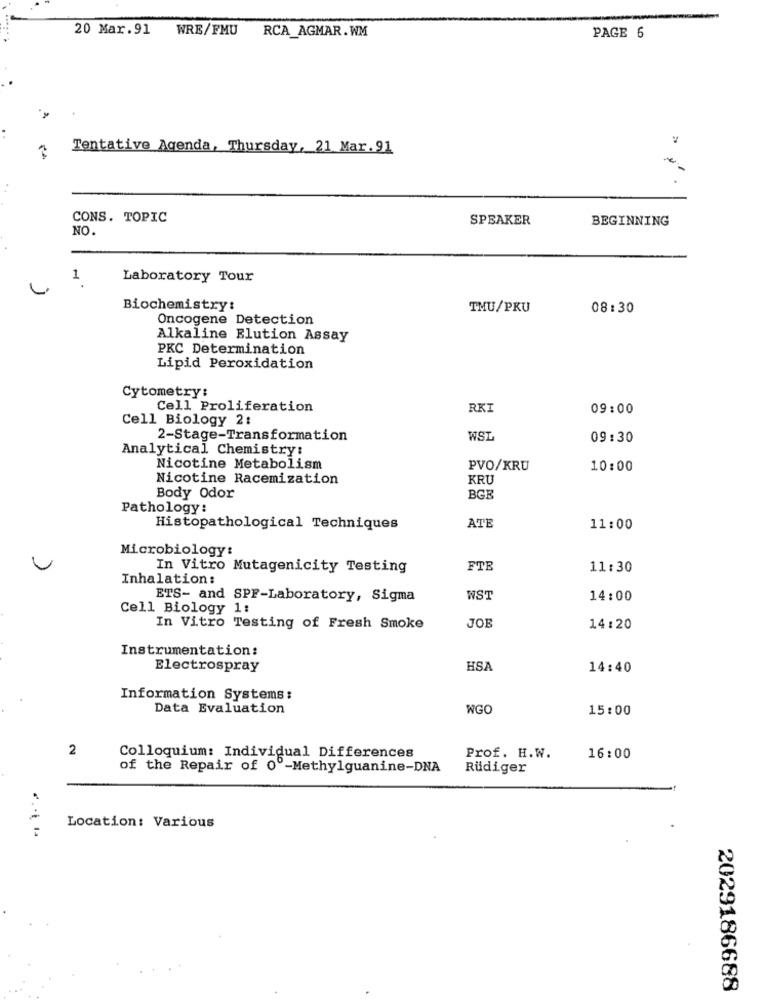
20 Mar.91 WRE/FMU RCA_AGMAR.WM
PAGE 6
Tentative Agenda, Thursday, 21 Mar.91
CONS. TOPIC
SPEAKER
BEGINNING
NO.
1
Laboratory Tour
..
Biochemistry:
TMU/PKU
08:30
Oncogene Detection
Alkaline Elution Assay
PKC Determination
Lipid Peroxidation
Cytometry:
Cell Proliferation
RKI
09:00
Cell Biology 2:
2-Stage-Transformation
WSL
09:30
Analytical Chemistry:
Nicotine Metabolism
PVO/KRU
10:00
Nicotine Racemization
KRU
Body Odor
BGB
Pathology:
Histopathological Techniques
ATE
11:00
Microbiology:
In Vitro Mutagenicity Testing
FTE
11:30
Inhalation:
ETS- and SPF-Laboratory, Sigma
WST
14:00
Cell Biology 1:
In Vitro Testing of Fresh Smoke
JOE
14:20
Instrumentation:
Electrospray
HSA
14:40
Information Systems:
Data Evaluation
WGO
15:00
2
Colloquium: Individual Differences
Prof. H.W.
16:00
of the Repair of 0º-Methylguanine-DNA
Rüdiger
Location: Various
2029186688